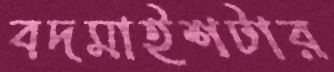
বদমাইশটার